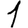
Digit: 1